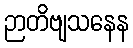
ဉာတိဗျသနေန